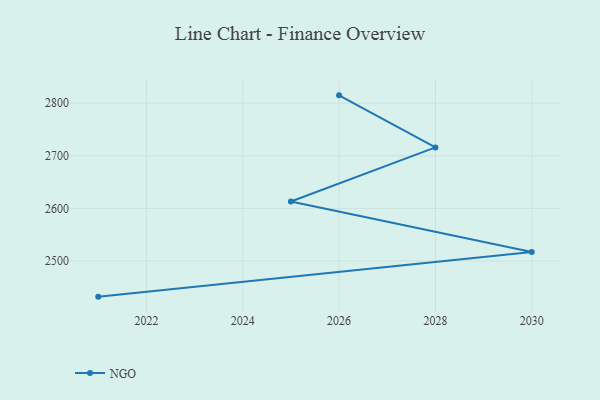
{"axis": {"x": "Year", "y": "Page Views"}, "legend": ["NGO"], "data": [{"x": "2026", "y": 2814.9, "type": "NGO"}, {"x": "2028", "y": 2715.9, "type": "NGO"}, {"x": "2025", "y": 2613.1, "type": "NGO"}, {"x": "2030", "y": 2517.0, "type": "NGO"}, {"x": "2021", "y": 2432.1, "type": "NGO"}]}